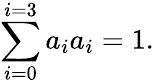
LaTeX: \sum_{i=0}^{i=3}a_{i}a_{i}=1.